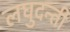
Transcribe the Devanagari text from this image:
लघुदन्ती